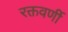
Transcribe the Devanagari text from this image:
रक्तवर्णी